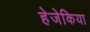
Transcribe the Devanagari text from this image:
हेजेकिया